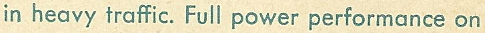
in heavy traffic. Full power performance on